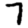
Digit: 7